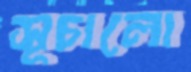
সূচালো